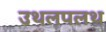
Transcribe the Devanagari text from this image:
उथलपलथ